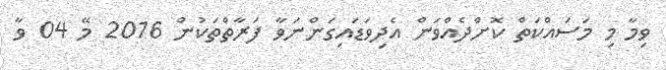
ވިމާ މި މަސައްކަތް ކޮށްދެއްވަން އެދިވަޑައިގަންނަވާ ފަރާތްތަކުން 2016 މޭ 04 ވާ